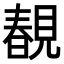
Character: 𧡲